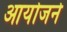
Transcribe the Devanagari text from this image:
आयोजने